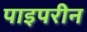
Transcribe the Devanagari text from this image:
पाइपरीन